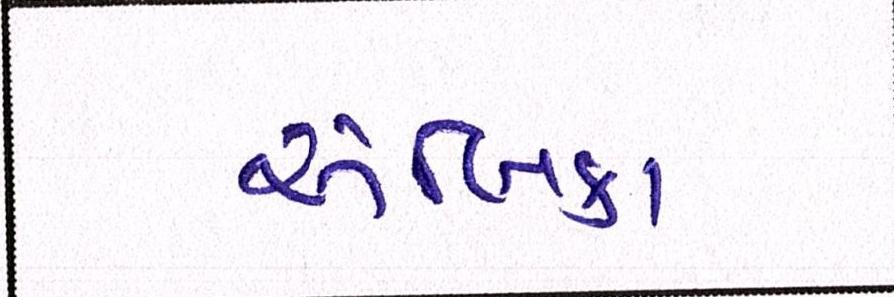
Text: અંબિકા